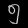
Digit: ၅